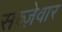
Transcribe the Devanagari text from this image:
सब्ज़ेवार